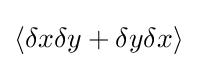
\langle \delta x\delta y+\delta y\delta x\rangle